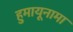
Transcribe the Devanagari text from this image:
हुमायूनामा